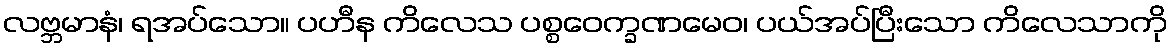
လဗ္ဘမာနံ၊ ရအပ်သော။ ပဟီန ကိလေသ ပစ္စဝေက္ခဏမေဝ၊ ပယ်အပ်ပြီးသော ကိလေသာကို